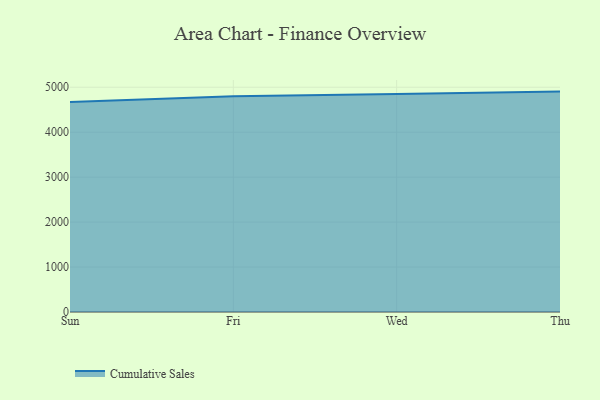
{"axis": {"x": "Day", "y": "Bounce Rate (%)"}, "legend": ["Cumulative Sales"], "data": [{"x": "Sun", "y": 4668.8, "type": "Cumulative Sales"}, {"x": "Fri", "y": 4799.3, "type": "Cumulative Sales"}, {"x": "Wed", "y": 4848.6, "type": "Cumulative Sales"}, {"x": "Thu", "y": 4902.6, "type": "Cumulative Sales"}]}